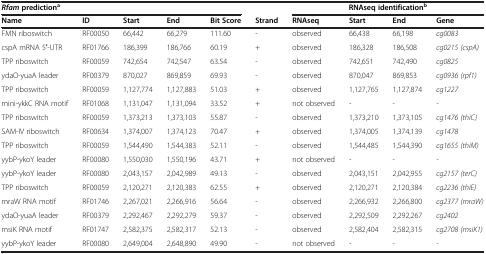
<table><thead><tr><td colspan="5"><b><i>Rfam </i>prediction<sup>a</sup></b></td><td><b> </b></td><td colspan="4"><b>RNAseq identification<sup>b</sup></b></td></tr><tr><td><b>Name</b></td><td><b>ID</b></td><td><b>Start</b></td><td><b>End</b></td><td><b>Bit Score</b></td><td><b>Strand</b></td><td><b>RNAseq</b></td><td><b>Start</b></td><td><b>End</b></td><td><b>Gene</b></td></tr></thead><tbody><tr><td>FMN riboswitch</td><td>RF00050</td><td>66,442</td><td>66,279</td><td>111.60</td><td>-</td><td>observed</td><td>66,438</td><td>66,198</td><td><i>cg0083</i></td></tr><tr><td>cspA mRNA 5′-UTR</td><td>RF01766</td><td>186,399</td><td>186,766</td><td>60.19</td><td>+</td><td>observed</td><td>186,328</td><td>186,508</td><td><i>cg0215 (cspA)</i></td></tr><tr><td>TPP riboswitch</td><td>RF00059</td><td>742,654</td><td>742,547</td><td>63.54</td><td>-</td><td>observed</td><td>742,651</td><td>742,490</td><td><i>cg0825</i></td></tr><tr><td>ydaO-yuaA leader</td><td>RF00379</td><td>870,027</td><td>869,859</td><td>69.93</td><td>-</td><td>observed</td><td>870,047</td><td>869,853</td><td><i>cg0936 (rpf1)</i></td></tr><tr><td>TPP riboswitch</td><td>RF00059</td><td>1,127,774</td><td>1,127,883</td><td>51.03</td><td>+</td><td>observed</td><td>1,127,765</td><td>1,127,874</td><td><i>cg1227</i></td></tr><tr><td>mini-ykkC RNA motif</td><td>RF01068</td><td>1,131,047</td><td>1,131,094</td><td>33.52</td><td>+</td><td>not observed</td><td>-</td><td>-</td><td><i>-</i></td></tr><tr><td>TPP riboswitch</td><td>RF00059</td><td>1,373,213</td><td>1,373,103</td><td>55.87</td><td>-</td><td>observed</td><td>1,373,210</td><td>1,373,105</td><td><i>cg1476 (thiC)</i></td></tr><tr><td>SAM-IV riboswitch</td><td>RF00634</td><td>1,374,007</td><td>1,374,123</td><td>70.47</td><td>+</td><td>observed</td><td>1,374,005</td><td>1,374,139</td><td><i>cg1478</i></td></tr><tr><td>TPP riboswitch</td><td>RF00059</td><td>1,544,490</td><td>1,544,383</td><td>52.11</td><td>-</td><td>observed</td><td>1,544,485</td><td>1,544,390</td><td><i>cg1655 (thiM)</i></td></tr><tr><td>yybP-ykoY leader</td><td>RF00080</td><td>1,550,030</td><td>1,550,196</td><td>43.71</td><td>+</td><td>not observed</td><td>-</td><td>-</td><td><i>-</i></td></tr><tr><td>yybP-ykoY leader</td><td>RF00080</td><td>2,043,157</td><td>2,042,989</td><td>49.13</td><td>-</td><td>observed</td><td>2,043,151</td><td>2,042,955</td><td><i>cg2157 (terC)</i></td></tr><tr><td>TPP riboswitch</td><td>RF00059</td><td>2,120,271</td><td>2,120,383</td><td>62.55</td><td>+</td><td>observed</td><td>2,120,271</td><td>2,120,384</td><td><i>cg2236 (thiE)</i></td></tr><tr><td>mraW RNA motif</td><td>RF01746</td><td>2,267,021</td><td>2,266,916</td><td>56.64</td><td>-</td><td>observed</td><td>2,266,932</td><td>2,266,800</td><td><i>cg2377 (mraW)</i></td></tr><tr><td>ydaO-yuaA leader</td><td>RF00379</td><td>2,292,467</td><td>2,292,279</td><td>59.37</td><td>-</td><td>observed</td><td>2,292,509</td><td>2,292,267</td><td><i>cg2402</i></td></tr><tr><td>msiK RNA motif</td><td>RF01747</td><td>2,582,375</td><td>2,582,317</td><td>52.13</td><td>-</td><td>observed</td><td>2,582,404</td><td>2,582,315</td><td><i>cg2708 (msiK1)</i></td></tr><tr><td>yybP-ykoY leader</td><td>RF00080</td><td>2,649,004</td><td>2,648,890</td><td>49.90</td><td>-</td><td>not observed</td><td>-</td><td>-</td><td><i>-</i></td></tr></tbody></table>